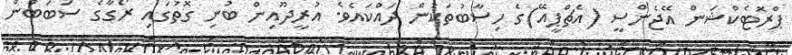
ޕްރޮޓެކްޝަން އޭޖެންސީ (އެޗްޕީއޭ)ގެ ހިސާބުތަކުން ދައްކައެވެ. އުރީދޫއިން ބުނި ގޮތުގައި ރޯގާގެ ސަބަބުން